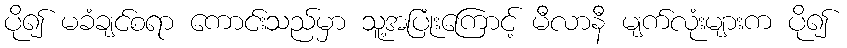
ပို၍ မခံချင်စရာ ကောင်းသည်မှာ သူ့အပြုံးကြောင့် မီလာနီ မျက်လုံးများက ပို၍